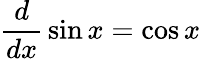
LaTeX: {\frac{d}{dx}}\sin x=\cos x